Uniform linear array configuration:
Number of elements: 4
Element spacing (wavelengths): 0.5
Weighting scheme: cosine
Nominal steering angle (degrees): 30
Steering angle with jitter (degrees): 29.282
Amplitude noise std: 0.05
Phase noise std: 0.05

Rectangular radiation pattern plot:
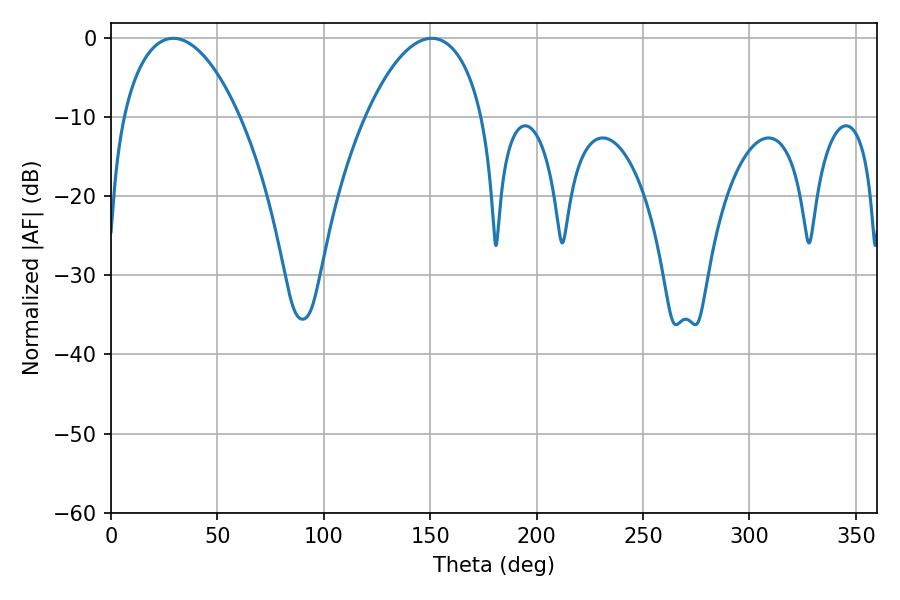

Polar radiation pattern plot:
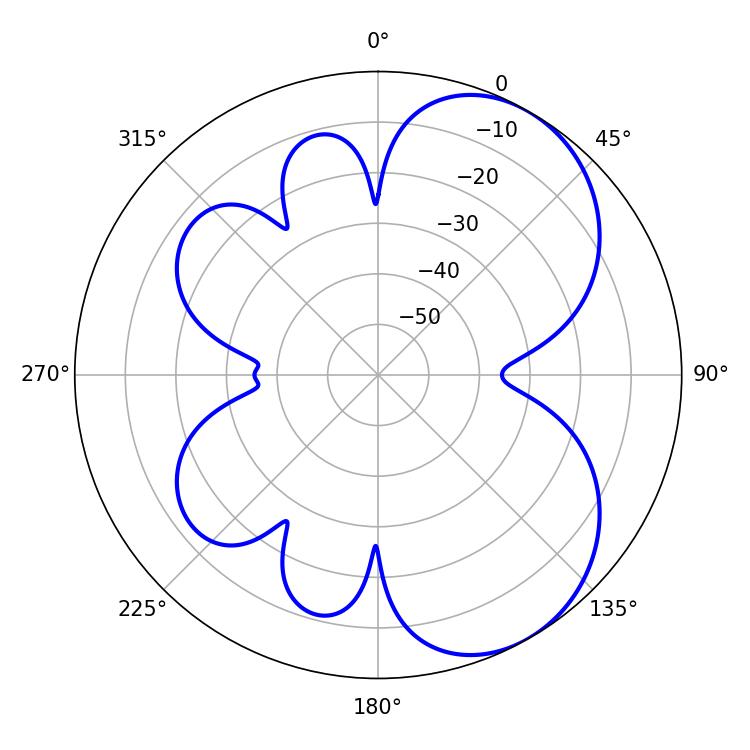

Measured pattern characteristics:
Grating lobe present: FALSE
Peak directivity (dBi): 5.719
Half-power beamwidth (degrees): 30.78
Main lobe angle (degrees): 29.34